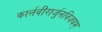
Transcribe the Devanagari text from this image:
कार्त्तवीरार्जुनविजयम्